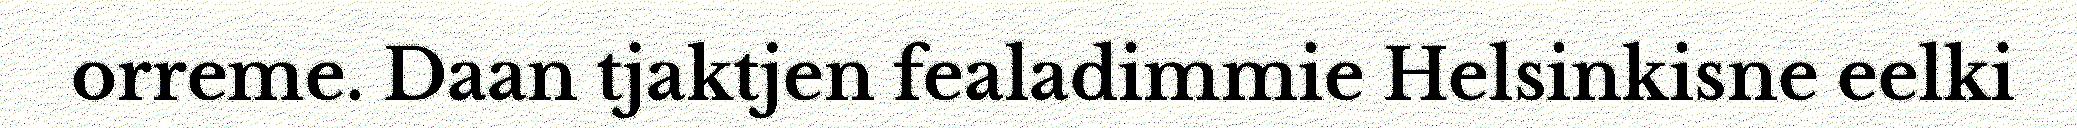
orreme. Daan tjaktjen fealadimmie Helsinkisne eelki